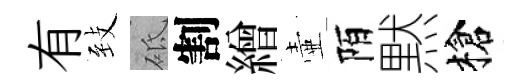
有𦤺砥割繒壷陌黙槍